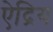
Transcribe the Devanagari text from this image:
ऐद्रिय